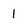
Character: 1